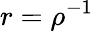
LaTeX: r=\rho^{-1}